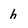
Character: h